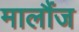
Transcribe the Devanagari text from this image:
मालौंज